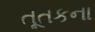
તૂતકના